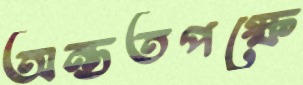
অন্ততপক্ষে